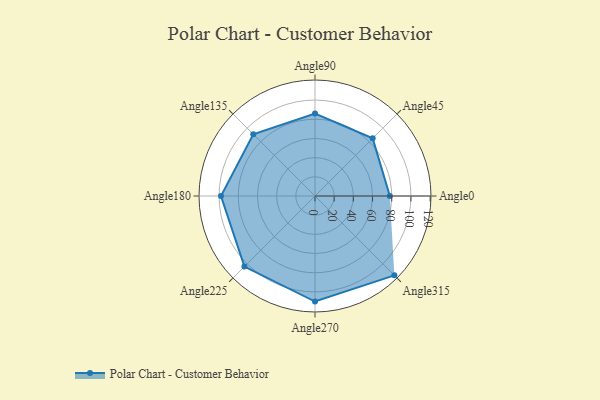
{"axis": {"x": "Angle", "y": "Radius"}, "legend": [""], "data": [{"x": "Angle0", "y": 78.0, "type": ""}, {"x": "Angle45", "y": 85.0, "type": ""}, {"x": "Angle90", "y": 86.0, "type": ""}, {"x": "Angle135", "y": 91.0, "type": ""}, {"x": "Angle180", "y": 98.0, "type": ""}, {"x": "Angle225", "y": 104.0, "type": ""}, {"x": "Angle270", "y": 110.0, "type": ""}, {"x": "Angle315", "y": 117.0, "type": ""}]}